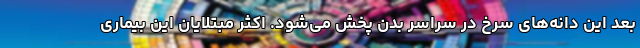
بعد این دانه‌های سرخ در سراسر بدن پخش می‌شود. اکثر مبتلایان این بیماری